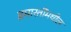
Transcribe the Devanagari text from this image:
इमारतींमधील